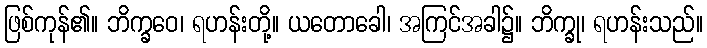
ဖြစ်ကုန်၏။ ဘိက္ခဝေ၊ ရဟန်းတို့။ ယတောခေါ၊ အကြင်အခါ၌။ ဘိက္ခု၊ ရဟန်းသည်။